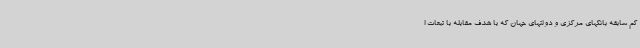
کم سابقه بانکهای مرکزی و دولتهای جهان که با هدف مقابله با تبعات ا